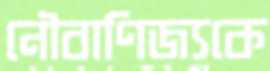
নৌবাণিজ্যকে